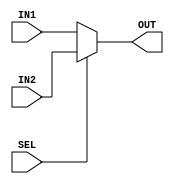
module MUX #(parameter input_width =32) (
    input  wire [input_width-1:0] IN1,
    input  wire [input_width-1:0] IN2,
    input  wire SEL,
    output reg [input_width-1:0] OUT
);
    

always @(*) begin
    if(SEL)
    OUT=IN2;
    else
    OUT=IN1;

end
    
endmodule